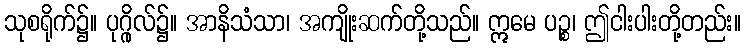
သုစရိုက်၌။ ပုဂ္ဂိုလ်၌။ အာနိသံသာ၊ အကျိုးဆက်တို့သည်။ ဣမေ ပဉ္စ၊ ဤငါးပါးတို့တည်း။